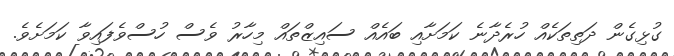
ގުޅިގެން ދަތިތަކެއް ހުރެދާނެ ކަމަށާއި ބައެއް ސައިޒްތައް މިހާރު ވެސް ހުސްވެފައިވާ ކަމަށެވެ.